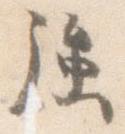
強